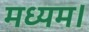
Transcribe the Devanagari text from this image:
मध्यम।